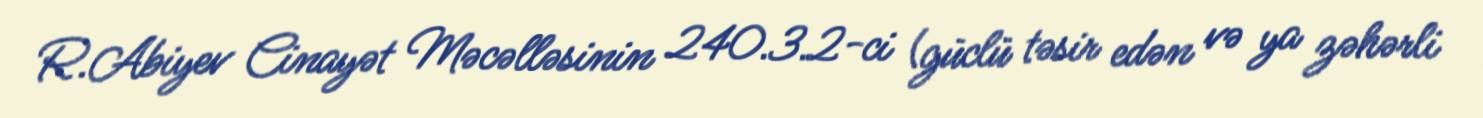
R.Abiyev Cinayət Məcəlləsinin 240.3.2-ci (güclü təsir edən və ya zəhərli